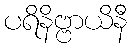
ပရိနိဗ္ဗာယိနီ